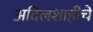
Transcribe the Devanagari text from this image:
अदिलशाहीचे